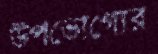
উপভোগ্যের